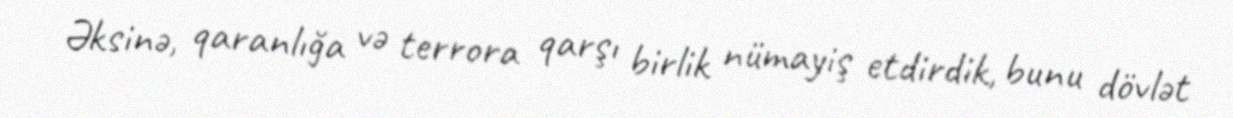
Əksinə, qaranlığa və terrora qarşı birlik nümayiş etdirdik, bunu dövlət